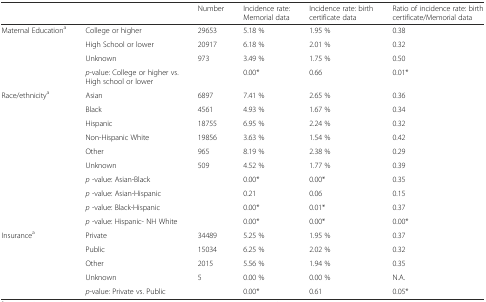
<table><thead><tr><td></td><td></td><td><b>Number</b></td><td><b>Incidence rate: Memorial data</b></td><td><b>Incidence rate: birth certificate data</b></td><td><b>Ratio of incidence rate: birth certificate/Memorial data</b></td></tr></thead><tbody><tr><td>Maternal Education<sup>a</sup></td><td>College or higher</td><td>29653</td><td>5.18 %</td><td>1.95 %</td><td>0.38</td></tr><tr><td></td><td>High School or lower</td><td>20917</td><td>6.18 %</td><td>2.01 %</td><td>0.32</td></tr><tr><td></td><td>Unknown</td><td>973</td><td>3.49 %</td><td>1.75 %</td><td>0.50</td></tr><tr><td></td><td><i>p</i>-value: College or higher vs. High school or lower</td><td></td><td>0.00*</td><td>0.66</td><td>0.01*</td></tr><tr><td>Race/ethnicity<sup>a</sup></td><td>Asian</td><td>6897</td><td>7.41 %</td><td>2.65 %</td><td>0.36</td></tr><tr><td></td><td>Black</td><td>4561</td><td>4.93 %</td><td>1.67 %</td><td>0.34</td></tr><tr><td></td><td>Hispanic</td><td>18755</td><td>6.95 %</td><td>2.24 %</td><td>0.32</td></tr><tr><td></td><td>Non-Hispanic White</td><td>19856</td><td>3.63 %</td><td>1.54 %</td><td>0.42</td></tr><tr><td></td><td>Other</td><td>965</td><td>8.19 %</td><td>2.38 %</td><td>0.29</td></tr><tr><td></td><td>Unknown</td><td>509</td><td>4.52 %</td><td>1.77 %</td><td>0.39</td></tr><tr><td></td><td><i>p</i> -value: Asian-Black</td><td></td><td>0.00*</td><td>0.00*</td><td>0.35</td></tr><tr><td></td><td><i>p</i> -value: Asian-Hispanic</td><td></td><td>0.21</td><td>0.06</td><td>0.15</td></tr><tr><td></td><td><i>p</i> -value: Black-Hispanic</td><td></td><td>0.00*</td><td>0.01*</td><td>0.37</td></tr><tr><td></td><td><i>p</i> -value: Hispanic- NH White</td><td></td><td>0.00*</td><td>0.00*</td><td>0.00*</td></tr><tr><td>Insurance<sup>a</sup></td><td>Private</td><td>34489</td><td>5.25 %</td><td>1.95 %</td><td>0.37</td></tr><tr><td></td><td>Public</td><td>15034</td><td>6.25 %</td><td>2.02 %</td><td>0.32</td></tr><tr><td></td><td>Other</td><td>2015</td><td>5.56 %</td><td>1.94 %</td><td>0.35</td></tr><tr><td></td><td>Unknown</td><td>5</td><td>0.00 %</td><td>0.00 %</td><td>N.A.</td></tr><tr><td></td><td><i>p</i>-value: Private vs. Public</td><td></td><td>0.00*</td><td>0.61</td><td>0.05*</td></tr></tbody></table>